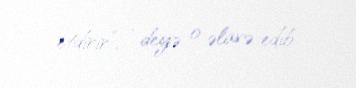
etdirir”, - deyə o əlavə edib.